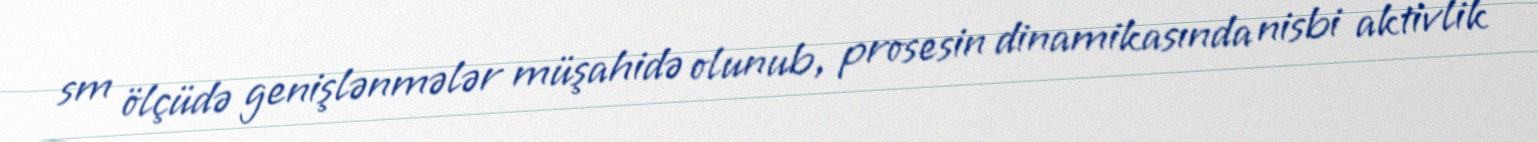
sm ölçüdə genişlənmələr müşahidə olunub, prosesin dinamikasında nisbi aktivlik